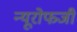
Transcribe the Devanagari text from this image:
न्यूरोफजी